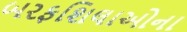
બરફશિલાઓના